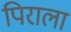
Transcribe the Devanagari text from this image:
पिराला